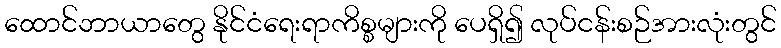
ထောင်ဘာယာတွေ နိုင်ငံရေးရာကိစ္စများကို ပေရှိ၍ လုပ်ငန်းစဉ်အားလုံးတွင်